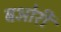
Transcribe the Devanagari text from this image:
बओरी